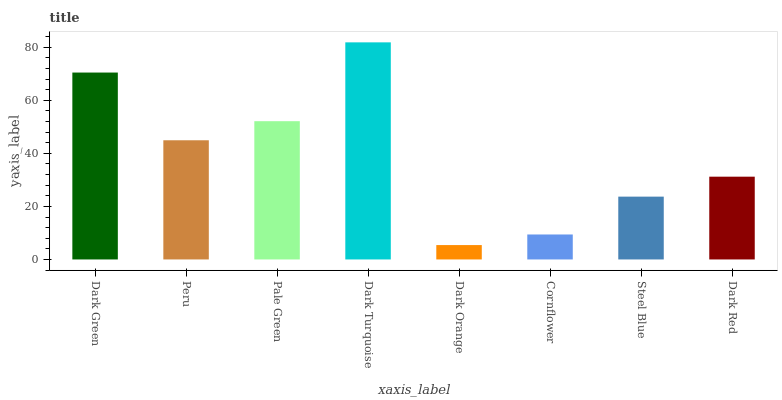
| xaxis_label | bars |
 | --- | --- |
 | Dark Green | 70.5 |
 | Peru | 44.9 |
 | Pale Green | 52.1 |
 | Dark Turquoise | 81.9 |
 | Dark Orange | 5.43 |
 | Cornflower | 9.42 |
 | Steel Blue | 23.7 |
 | Dark Red | 31.2 |